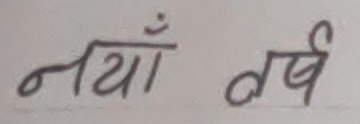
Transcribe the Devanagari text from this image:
नयाँ वर्ष